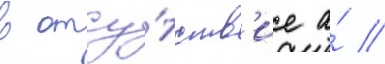
в отсу́тств'ие а́ //